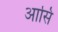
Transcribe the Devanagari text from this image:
आसि